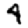
Digit: 4